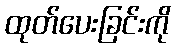
ထုတ်ပေးခြင်းကို